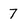
Character: 7